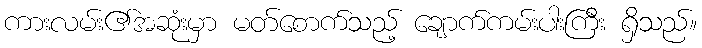
ကားလမ်း၏အဆုံးမှာ မတ်စောက်သည့် ချောက်ကမ်းပါးကြီး ရှိသည်။